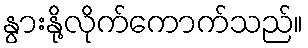
နွားနို့လိုက်ကောက်သည်။